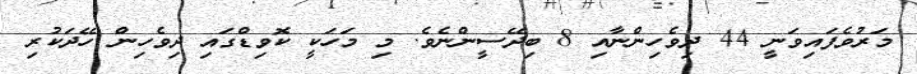
މަރުވެފައިވަނީ 44 ދިވެހިންނާއި 8 ބިދޭސީންނެވެ. މި މަހަކީ ކޮވިޑްގައި ދިވެހިން ހޭދަކުރި